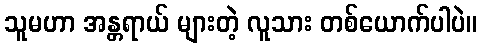
သူမဟာ အန္တရာယ် များတဲ့ လူသား တစ်ယောက်ပါပဲ။